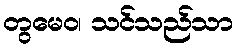
တွမေဝ၊ သင်သည်သာ